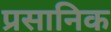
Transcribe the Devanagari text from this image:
प्रसानिक